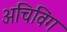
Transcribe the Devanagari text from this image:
अचिविंग